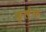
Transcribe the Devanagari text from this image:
क्लेफ